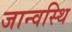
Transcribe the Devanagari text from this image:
जान्वस्थि